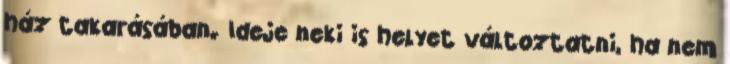
ház takarásában. Ideje neki is helyet változtatni, ha nem